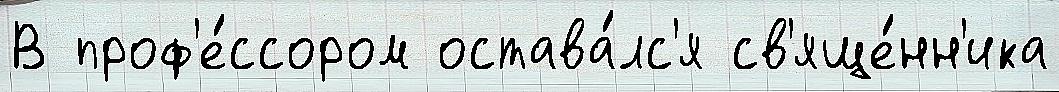
В проф'е́ссором остава́лс'я св'яще́нн'ика